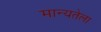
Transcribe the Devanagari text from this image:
मान्यतेला